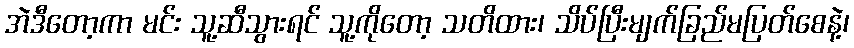
အဲဒီတော့ကာ မင်း သူ့ဆီသွားရင် သူ့ကိုတော့ သတိထား၊ သိပ်ပြီးမျက်ခြည်မပြတ်စေနဲ့၊